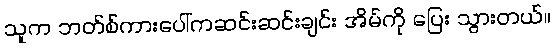
သူက ဘတ်စ်ကားပေါ်ကဆင်းဆင်းချင်း အိမ်ကို ပြေး သွားတယ်။